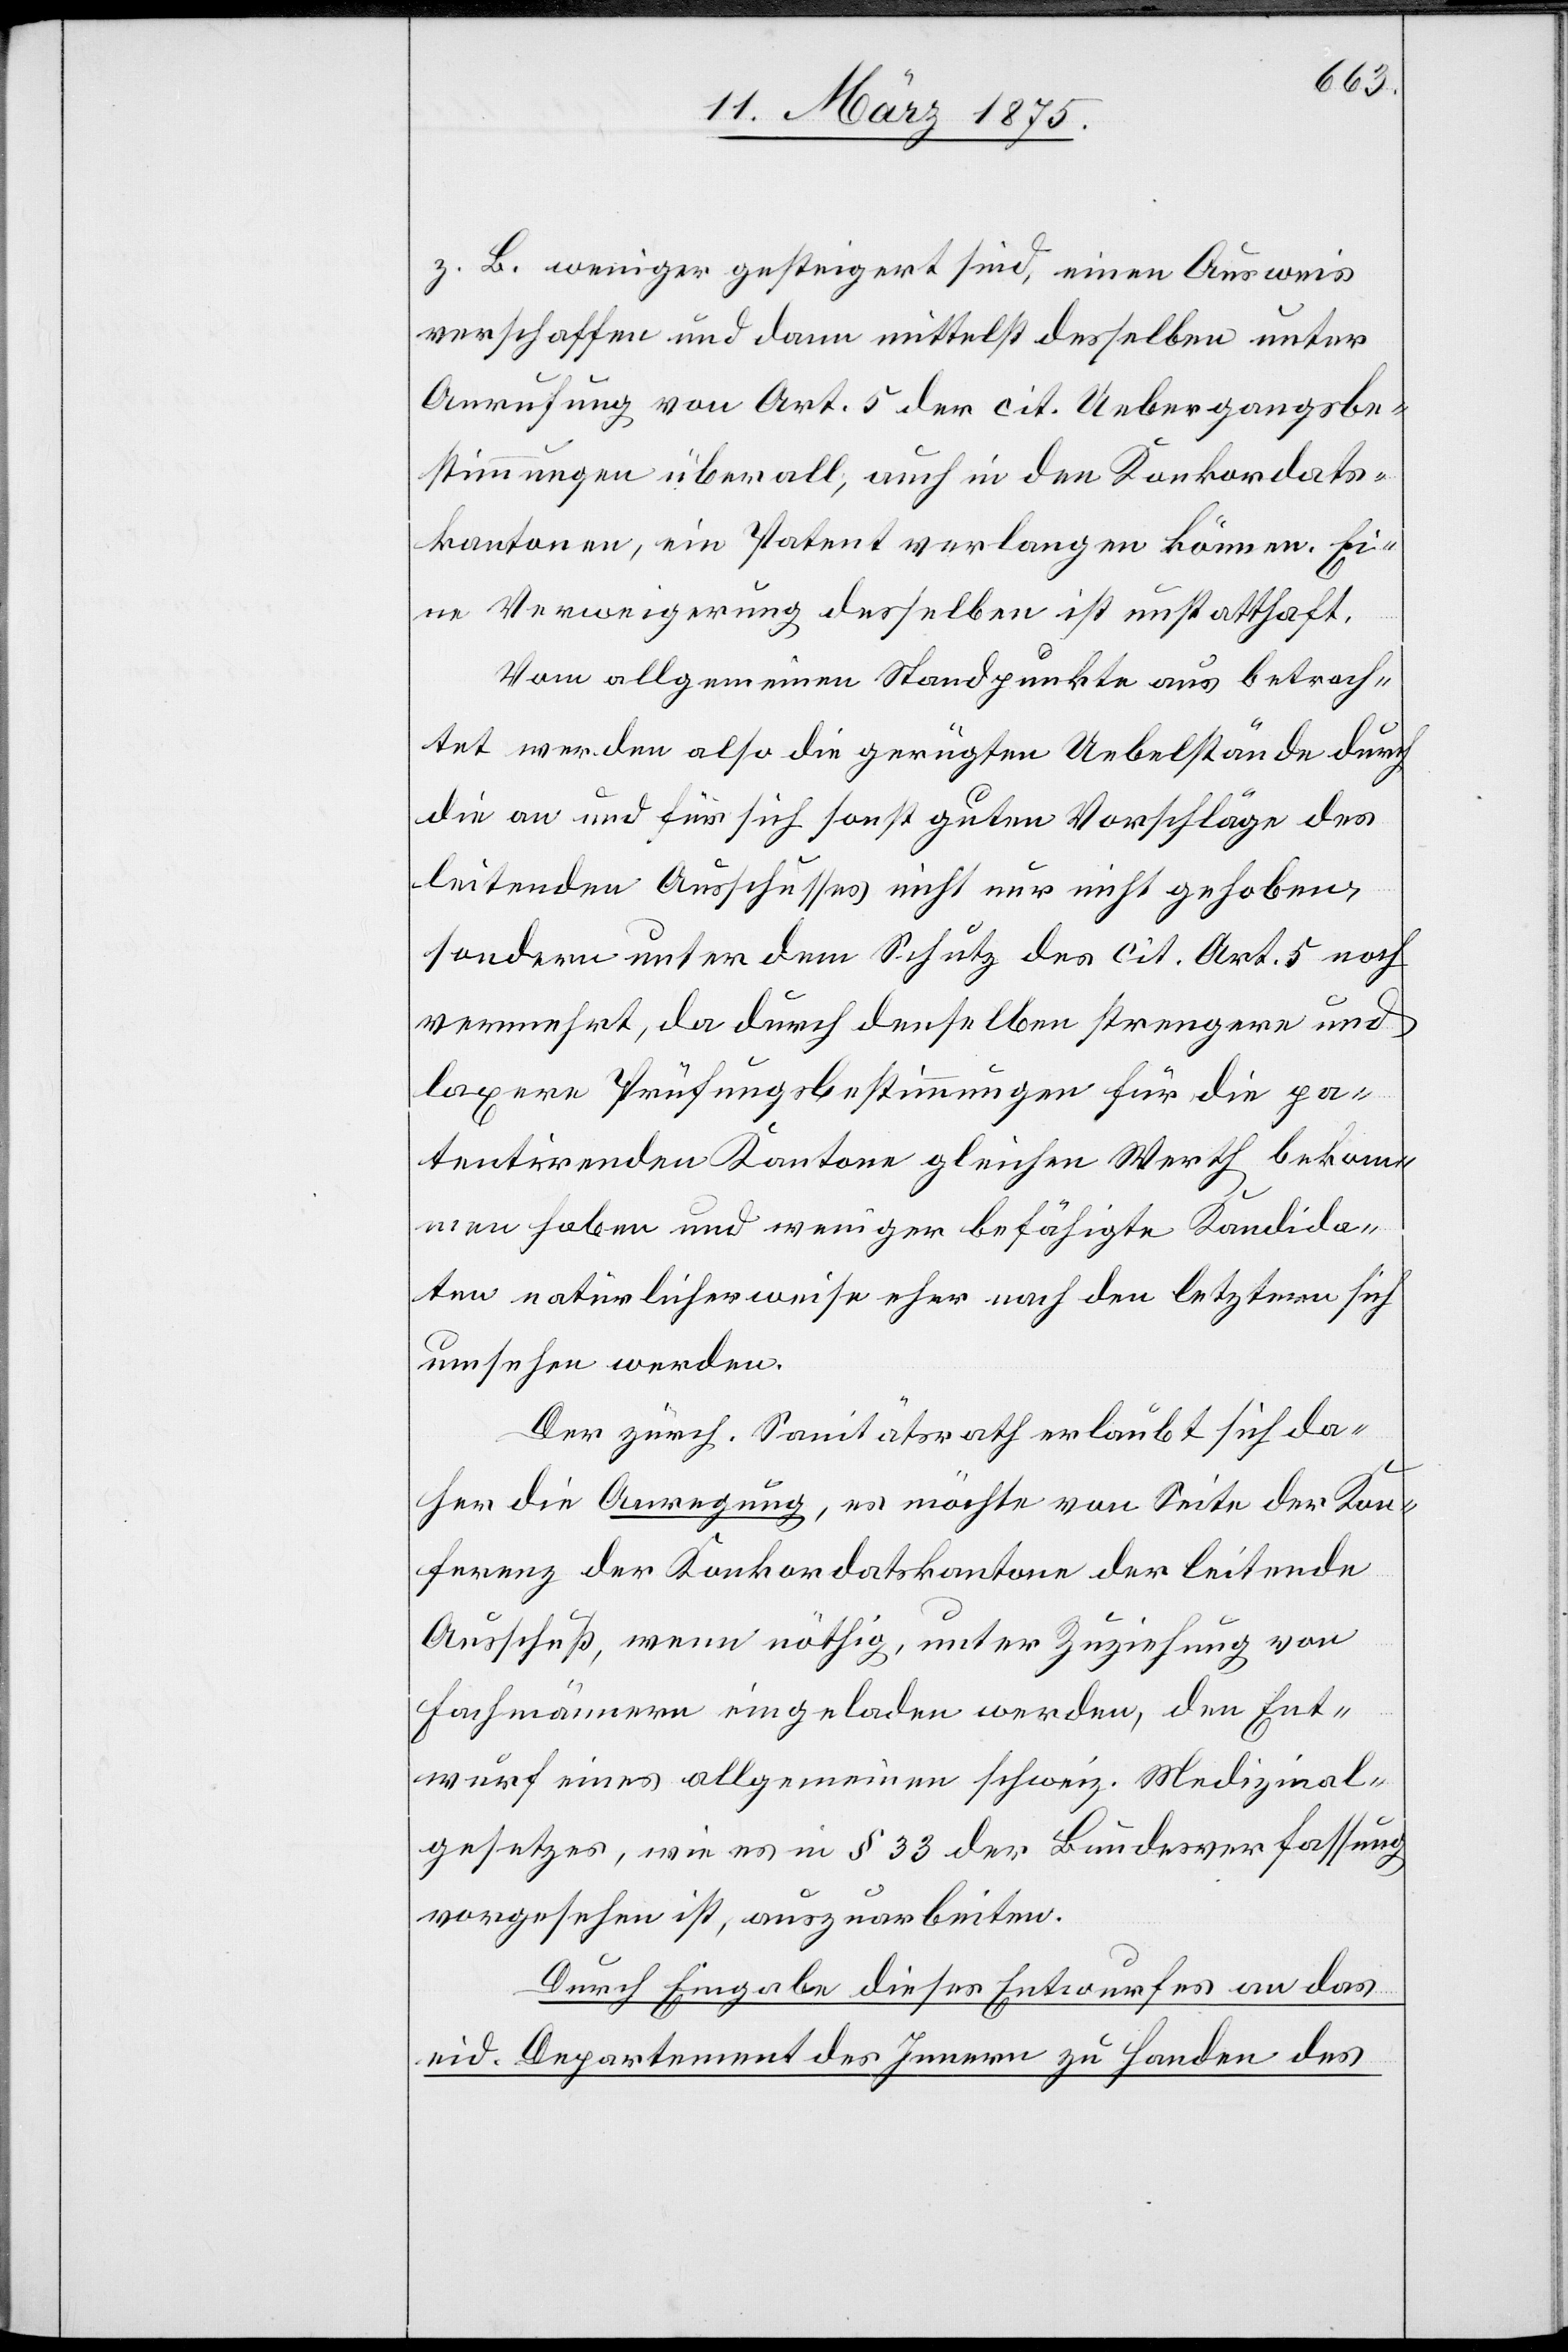
z. B. weniger gesteigert sind, einen Ausweis
verschaffen und dann mittelst desselben unter
Anrufung von Art. 5 der cit. Uebergangsbe¬
stimmungen überall, auch in den Konkordats¬
kantonen, ein Patent verlangen können. Ei¬
ne Verweigerung derselben ist unstatthaft.
Vom allgemeinen Standpunkte aus betrach¬
tet werden also die gerügten Uebelstände durch
die an und für sich sonst guten Vorschläge des
leitenden Ausschusses nicht nur nicht gehoben,
sondern unter dem Schutz des cit. Art. 5 noch
vermehrt, da durch denselben strengere und
laxere Prüfungsbestimmungen für die pa¬
tentirenden Kantone gleichen Werth bekom¬
men haben und weniger befähigte Kandida¬
ten natürlicherweise eher nach den letztern sich
umsehen werden.
Der zürch. Sanitätsrath erlaubt sich da¬
her die Anregung, es möchte von Seite der Kon¬
ferenz der Konkordatskantone der leitende
Ausschuß, wenn nöthig, unter Zuziehung von
Fachmännern eingeladen werden, den Ent¬
wurf eines allgemeinen schweiz. Medizinal¬
gesetzes, wie es in § 33 der Bundesverfassung
vorgesehen ist, auszuarbeiten.
Durch Eingabe dieses Entwurfes an das
eid. Departement des Innern zu Handen des